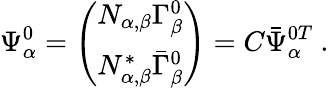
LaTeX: \Psi_{\alpha}^{0}=\left(\begin{array}{c}{{N_{\alpha,\beta}\Gamma_{\beta}^{0}}}\\ {{N_{\alpha,\beta}^{*}\bar{\Gamma}_{\beta}^{0}}}\end{array}\right)=C\bar{\Psi}_{\alpha}^{0T}\ .